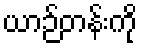
ယာဉ်တန်းကို